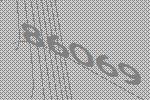
86069